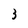
Character: 3